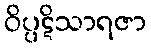
ဝိပ္ပဋိသာရဇာ